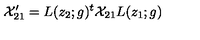
{ \cal X } _ { 2 1 } ^ { \prime } = L ( z _ { 2 } ; g ) ^ { t } { \cal X } _ { 2 1 } L ( z _ { 1 } ; g ) ~